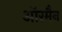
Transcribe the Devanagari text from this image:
ऑरमैन